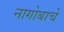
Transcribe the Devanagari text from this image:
नागोबाचे